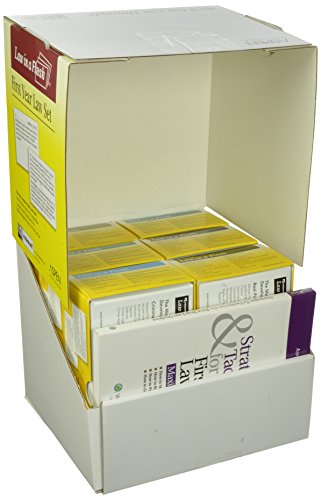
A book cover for Law in A Flash Cards: First Year Set; Steven Emanuel; Law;